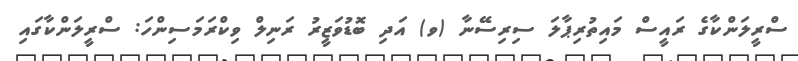
ސްރީލަންކާގެ ރައީސް މައިތުރިޕާލަ ސިރިސޭނާ (ވ) އަދި ބޮޑުވަޒީރު ރަނިލް ވިކްރަމަސިންހަ: ސްރީލަންކާގައި